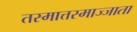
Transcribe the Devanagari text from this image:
तस्मात्तस्माज्जाता